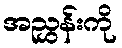
အညွှန်းကို